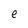
Character: e